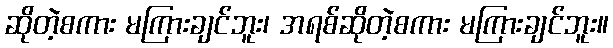
ဆိုတဲ့စကား မကြားချင်ဘူး၊ အရစ်ဆိုတဲ့စကား မကြားချင်ဘူး။